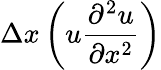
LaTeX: \Delta x\left(u\frac{\partial^{2}u}{\partial x^{2}}\right)